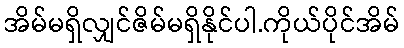
အိမ်မရှိလျှင်ဇိမ်မရှိနိုင်ပါ.ကိုယ်ပိုင်အိမ်